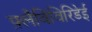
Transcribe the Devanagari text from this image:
फ़्लैविविरिडेई